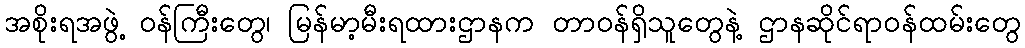
အစိုးရအဖွဲ့ ဝန်ကြီးတွေ၊ မြန်မာ့မီးရထားဌာနက တာဝန်ရှိသူတွေနဲ့ ဌာနဆိုင်ရာဝန်ထမ်းတွေ